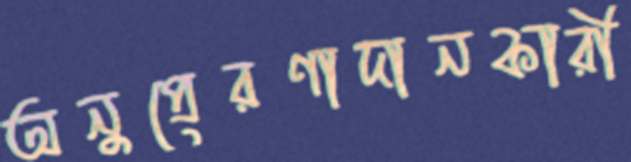
অনুপ্রেরণাদানকারী